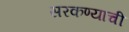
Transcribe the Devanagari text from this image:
सरकण्याची